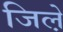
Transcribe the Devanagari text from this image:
जिले़